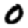
Digit: 0